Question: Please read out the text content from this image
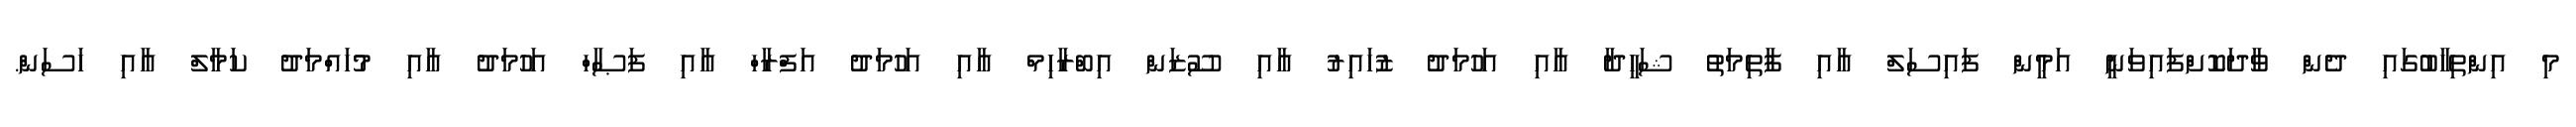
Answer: މި އިންތިހާބުގައި ދެން ވާދަކޮށްފައިވަނީ އަމީން ފައިސަލް އާއި ފާތިމަތު ޝަހީދާ އާއި އަހުމަދު ޒުހައިރު އާއި ސޫޒަން އިބްރާހިމް އާއި އަހުމަދު އަފްރާހް އާއި ފަޞާހް އަހުމަދު އާއި މުހައްމަދު ކަމާލް އާއި ހަސަން.